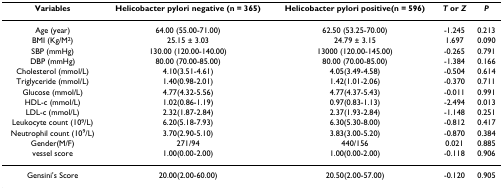
<table><thead><tr><td><b>Variables</b></td><td><b>Helicobacter pylori negative (n = 365)</b></td><td><b>Helicobacter pylori positive(n = 596)</b></td><td><b><i>T </i>or <i>Z</i></b></td><td><b><i>P</i></b></td></tr></thead><tbody><tr><td>Age (year)</td><td>64.00 (55.00-71.00)</td><td>62.50 (53.25-70.00)</td><td>-1.245</td><td>0.213</td></tr><tr><td>BMI (Kg/M<sup>2</sup>)</td><td>25.15 ± 3.03</td><td>24.79 ± 3.15</td><td>1.697</td><td>0.090</td></tr><tr><td>SBP (mmHg)</td><td>130.00 (120.00-140.00)</td><td>13000 (120.00-145.00)</td><td>-0.265</td><td>0.791</td></tr><tr><td>DBP (mmHg)</td><td>80.00 (70.00-85.00)</td><td>80.00 (70.00-85.00)</td><td>-1.384</td><td>0.166</td></tr><tr><td>Cholesterol (mmol/L)</td><td>4.10(3.51-4.61)</td><td>4.05(3.49-4.58)</td><td>-0.504</td><td>0.614</td></tr><tr><td>Triglyceride (mmol/L)</td><td>1.40(0.98-2.01)</td><td>1.42(1.01-2.06)</td><td>-0.370</td><td>0.711</td></tr><tr><td>Glucose (mmol/L)</td><td>4.77(4.32-5.56)</td><td>4.77(4.37-5.43)</td><td>-0.011</td><td>0.991</td></tr><tr><td>HDL-c (mmol/L)</td><td>1.02(0.86-1.19)</td><td>0.97(0.83-1.13)</td><td>-2.494</td><td>0.013</td></tr><tr><td>LDL-c (mmol/L)</td><td>2.32(1.87-2.84)</td><td>2.37(1.93-2.84)</td><td>-1.148</td><td>0.251</td></tr><tr><td>Leukocyte count (10<sup>9</sup>/L)</td><td>6.20(5.18-7.93)</td><td>6.30(5.30-8.00)</td><td>-0.812</td><td>0.417</td></tr><tr><td>Neutrophil count (10<sup>9</sup>/L)</td><td>3.70(2.90-5.10)</td><td>3.83(3.00-5.20)</td><td>-0.870</td><td>0.384</td></tr><tr><td>Gender(M/F)</td><td>271/94</td><td>440/156</td><td>0.021</td><td>0.885</td></tr><tr><td>vessel score</td><td>1.00(0.00-2.00)</td><td>1.00(0.00-2.00)</td><td>-0.118</td><td>0.906</td></tr><tr><td>Gensini&#x27;s Score</td><td>20.00(2.00-60.00)</td><td>20.50(2.00-57.00)</td><td>-0.120</td><td>0.905</td></tr></tbody></table>